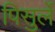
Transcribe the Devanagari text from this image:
पिसुर्ले